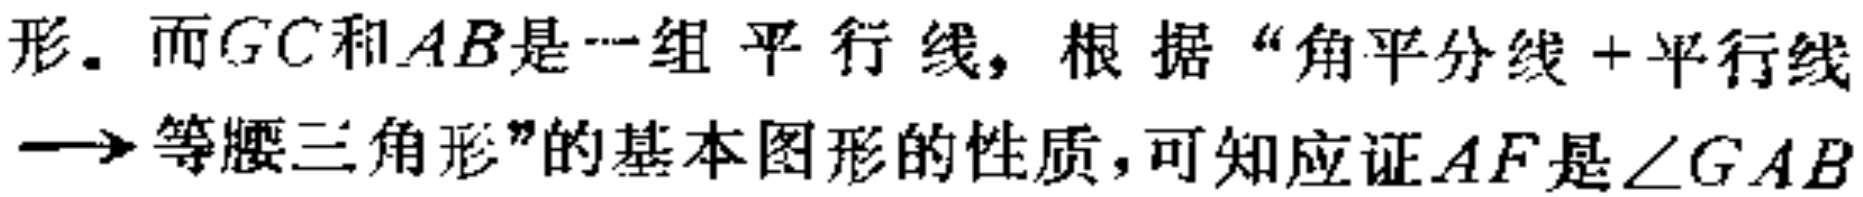
形. 而$GC$和$AB$是一组平行线，根据“角平分线+平行线$\longrightarrow$等腰三角形”的基本图形的性质，可知应证$AF$是$\angle GAB$